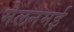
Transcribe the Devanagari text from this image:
मेलनमई